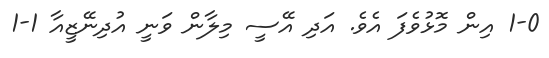
1-0 އިން މޮޅުވެފަ އެވެ. އަދި އޭސީ މިލާން ވަނީ އުދިނޭޒީއާ 1-1